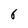
Character: 6